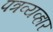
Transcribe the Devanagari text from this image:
पत्रव्यव्हार